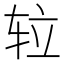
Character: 䢂